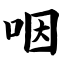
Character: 咽